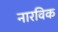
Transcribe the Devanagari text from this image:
नारविक